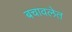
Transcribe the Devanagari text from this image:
बचावलेत